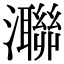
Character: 㶌